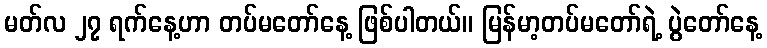
မတ်လ ၂၇ ရက်နေ့ဟာ တပ်မတော်နေ့ ဖြစ်ပါတယ်။ မြန်မာ့တပ်မတော်ရဲ့ ပွဲတော်နေ့